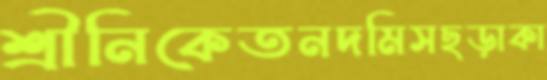
শ্রীনিকেতনদমিসছড়াকা